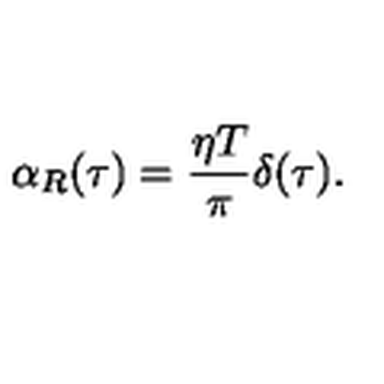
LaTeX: \alpha _ { R } ( \tau ) = \frac { \eta T } { \pi } \delta ( \tau ) .